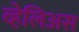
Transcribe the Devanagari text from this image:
व्हेलिअस